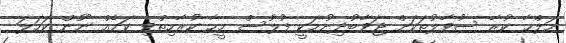
މަލްހާ ކުރާ ސުވާލުތަކަށް ޖަވާބުދިނުމަކީ ފުލުސް މީހާ ކުރާހިތްވި ކަމެއް ނޫން ކަހަލަ